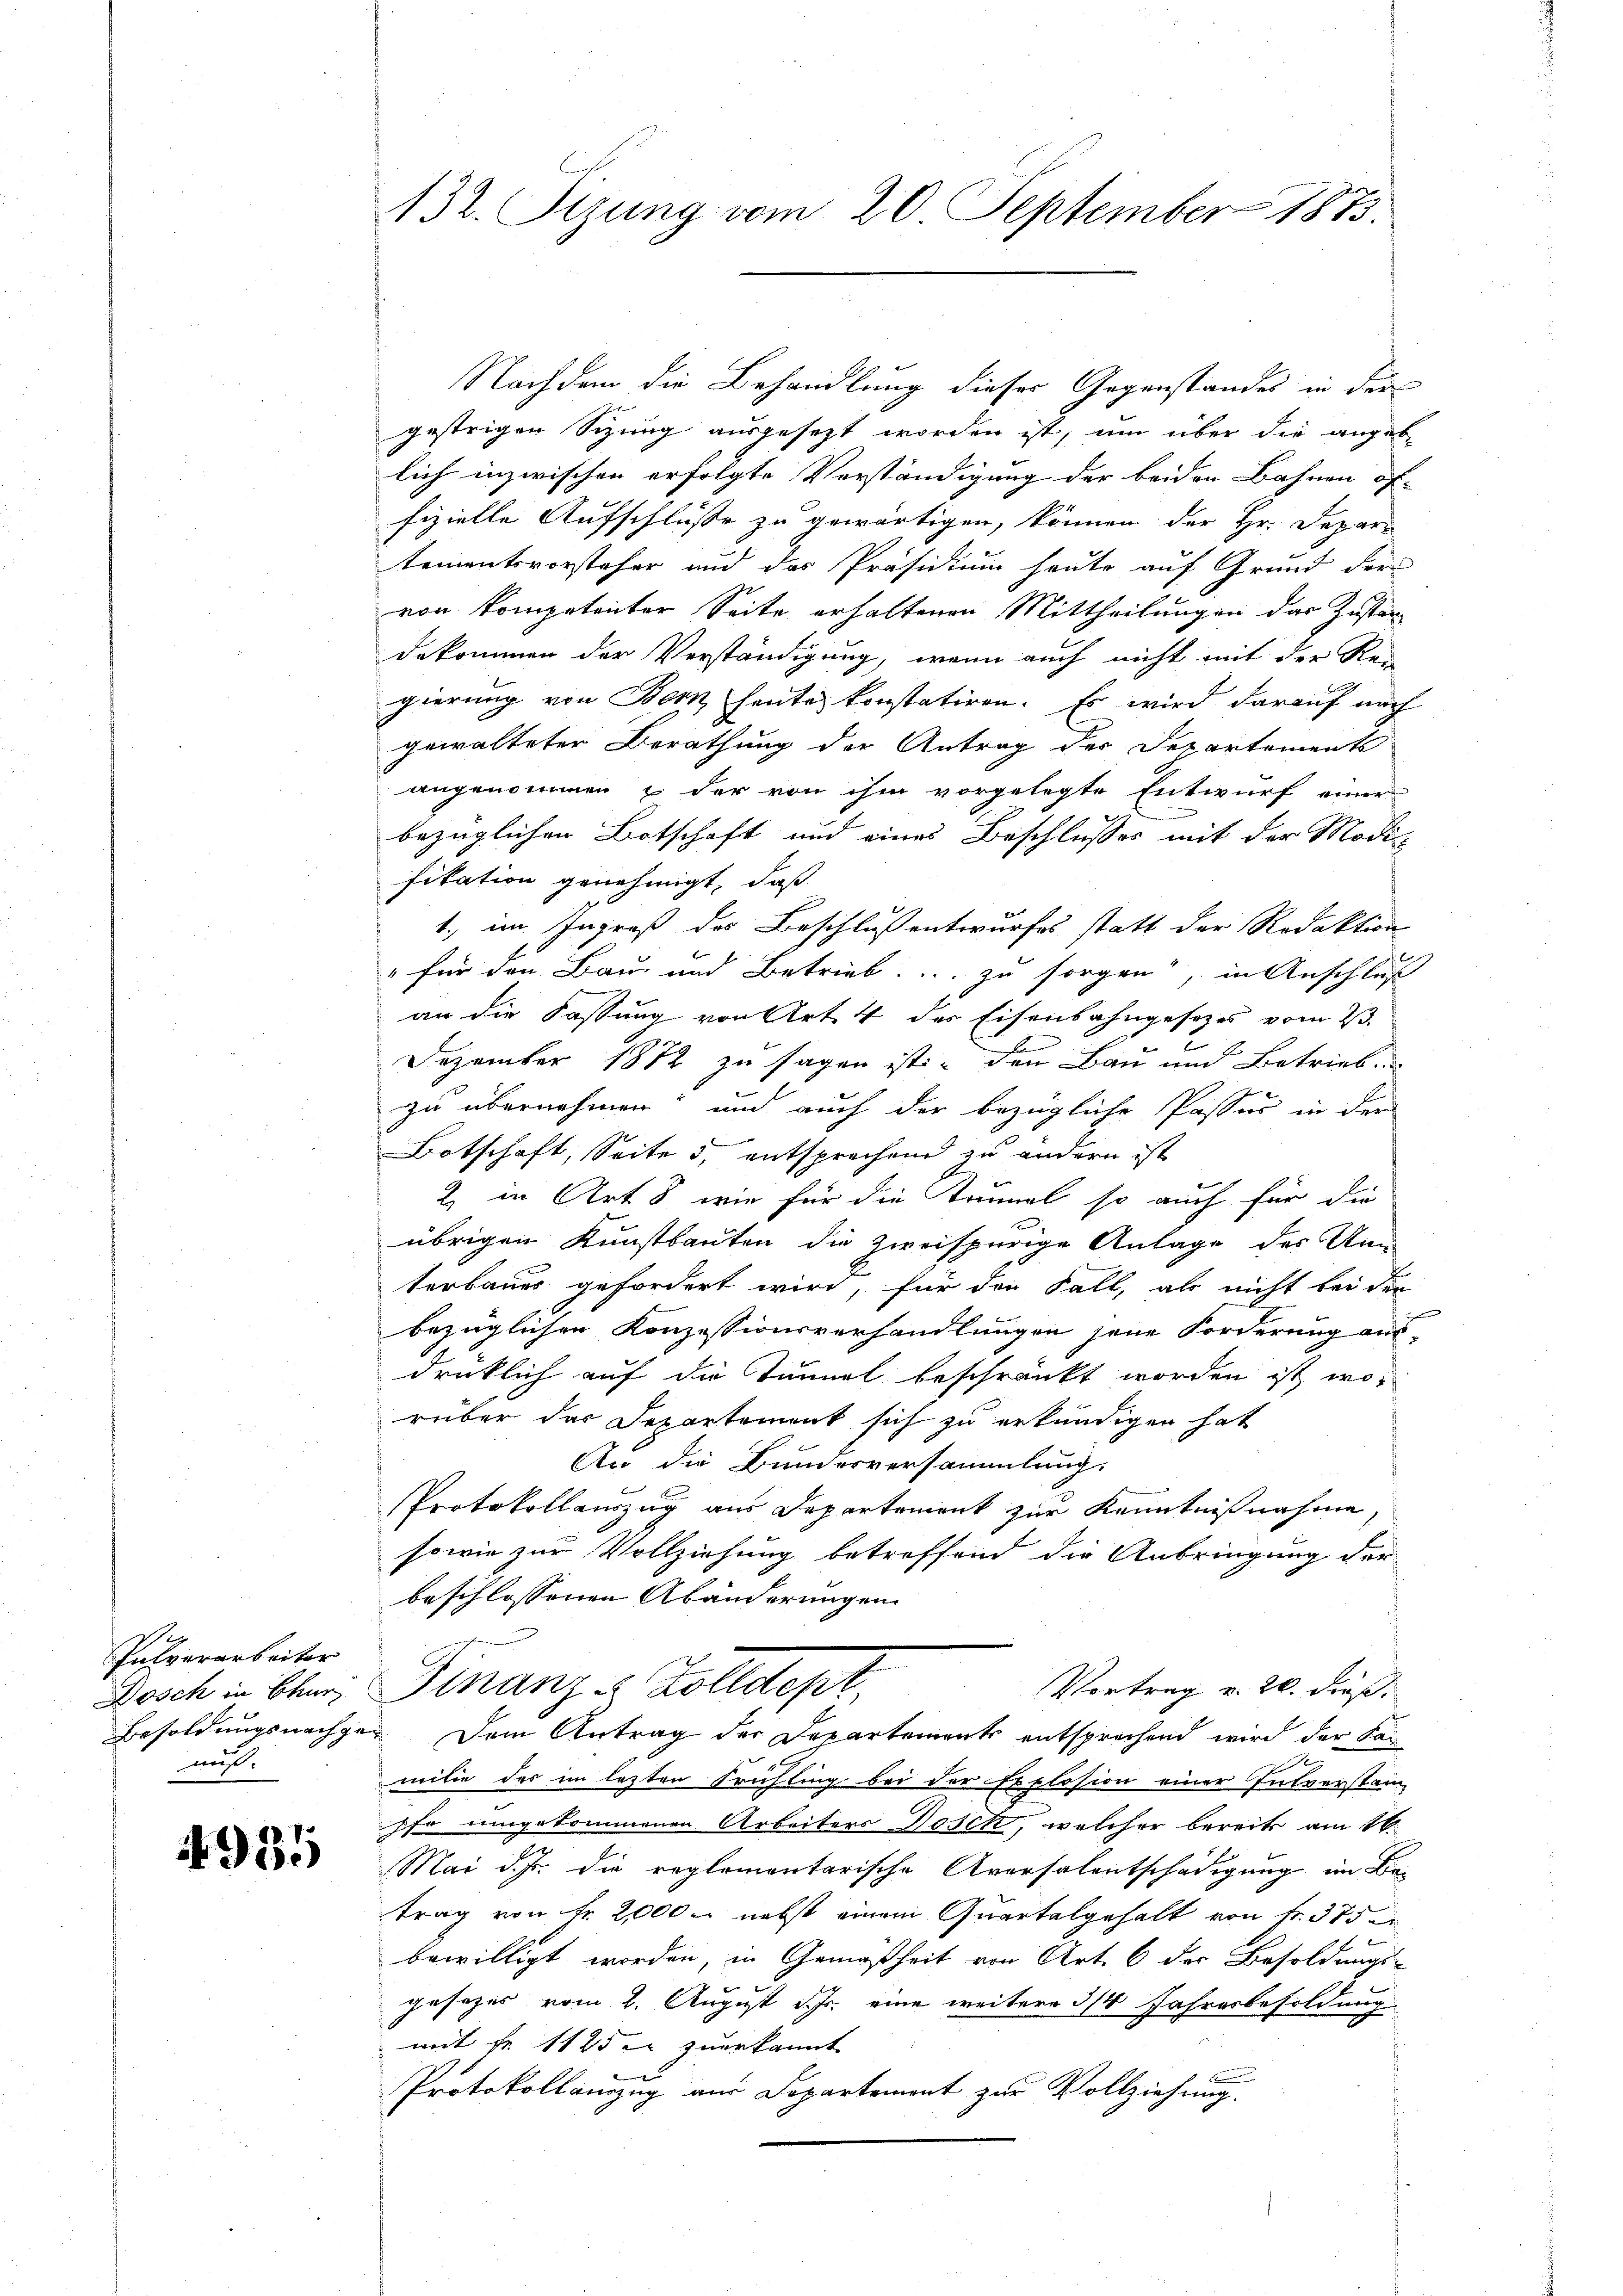
Pulverarbeiter
Dosch in Bur
muß.

4935

132. Sizung vom 20. September 1873.

Nachdem die Behandlung dieser Gegenstandes in der
gestrigen Sizung ausgesetzt worden ist, um über die angebe
lich inzwischen erfolgte Verständigung der beiden Bahnen of-
fizielle Aufschlüsse zu gewärtigen, können der Hr. Departementsvorsteher und das Präsidium heute auf Grund der
von Kompetenter Seite erhaltenen Mittheilungen das Zustan
dekommen der Verständigung, wenn auch nicht mit der Rei
gierung von Bern heute konstatiren. Es wird darauf nach
gewalteter Berathung der Antrag der Departements
angenommen & der von ihm vorgelegte Entwurf einer
bezüglichen Botschaft und eines Beschlusses mit der Modi-
fikation genehmigt, daß
1., im Ingreß des Beschluß entwurfes statt der Redaktion
o
" für den Bau- und Betrieb u. zu sorgen, in Anschluß
an die Fassung von Art. 4 des Eisenbahngesetzes vom 23.
Dezember 1872 zu sagen ist, den Bau und Betriebe
zu übernehmen, und auch der bezügliche Passus in dem
Botschaft, Seite 5, entsprechend zu andern ist
2 in Art. 8, wie für die Saumel so auch für die
übrigen Kunstbauten die zweispurige Anlage des Unn
terbaues gefordert wird, für den Fall, als nicht bei der
d
bezüglichen Konzessionsverhandlungen seine Forderung aus-
drücklich auf die Tunnel beschränkt worden ist, worüber das Departement sich zu erkundigen hat
An die Bundesversammlung.
Protokollauszug aus Departement zur Kenntnißnahme,
sowie zur Vollziehung betreffend die Anbringung der
beschlossenen Abänderungen
Vortrag v. 26. dieß.
Finanze Zolldept,
Besoldungsnachge¬ Dem Antrag der Departements entsprechend wird der Ka
milie des im lezten Frühling bei der Explosion einer Entverstan
pfe umgekommenen Arbeiters Dosek, welcher bereits am 16.
Mai d. Js. die reglementarische Aversalentschädigung im Be-
trag von Fr. 2000 - nebst einem Quartalgehalt von fr. 375
bewilligt worden, in Gemäßheit von Art. 6 der Besoldungs-
f
gesezes vom 2. August d. Js. eine weitere 3/4 Jahresbesoldung
mit Fr. 1125 er zuerkannt
Protokollauszug aus Departement zur Vollziehung.